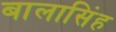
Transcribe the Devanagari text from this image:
बालासिंह